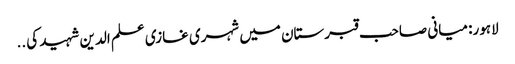
لاہور: میانی صاحب قبرستان میں شہری غازی علم الدین شہید کی ..